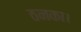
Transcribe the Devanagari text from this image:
ठनका।